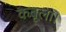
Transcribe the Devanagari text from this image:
कबूला।